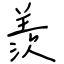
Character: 羨